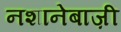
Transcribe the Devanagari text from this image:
नशानेबाज़ी